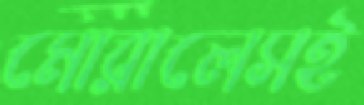
মোরালেসই